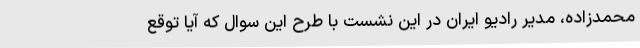
محمدزاده، مدیر رادیو ایران در این نشست با طرح این سوال که آیا توقع